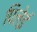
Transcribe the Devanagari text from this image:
पिलेई